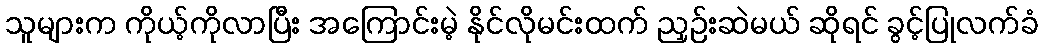
သူများက ကိုယ့်ကိုလာပြီး အကြောင်းမဲ့ နိုင်လိုမင်းထက် ညှဉ်းဆဲမယ် ဆိုရင် ခွင့်ပြုလက်ခံ